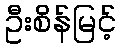
ဦးစိန်မြင့်